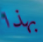
بهذا